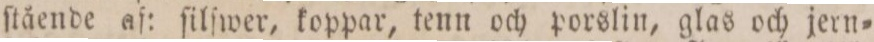
ſtående af: ſilſwer, koppar, tenn och porslin, glas och jern=